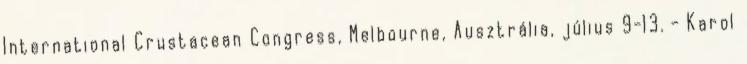
International Crustacean Congress, Melbourne, Ausztrália, július 9-13. - Karol